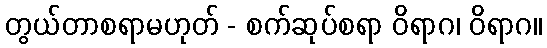
တွယ်တာစရာမဟုတ် - စက်ဆုပ်စရာ ဝိရာဂ၊ ဝိရာဂ။